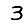
Digit: 3